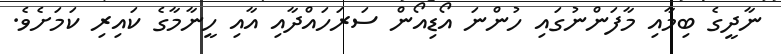
ނާދީގެ ބިމާއި މާފަންނުގައި ހުންނަ އޯޑިއޯން ސަރަހައްދާއި އާއި ހީނާމާގެ ކައިރި ކަމަށެވެ.